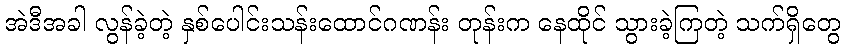
အဲဒီအခါ လွန်ခဲ့တဲ့ နှစ်ပေါင်းသန်းထောင်ဂဏန်း တုန်းက နေထိုင် သွားခဲ့ကြတဲ့ သက်ရှိတွေ